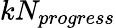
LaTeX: kN_{progress}